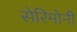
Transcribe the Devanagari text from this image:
सेरिमोनी